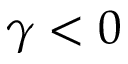
\gamma < 0